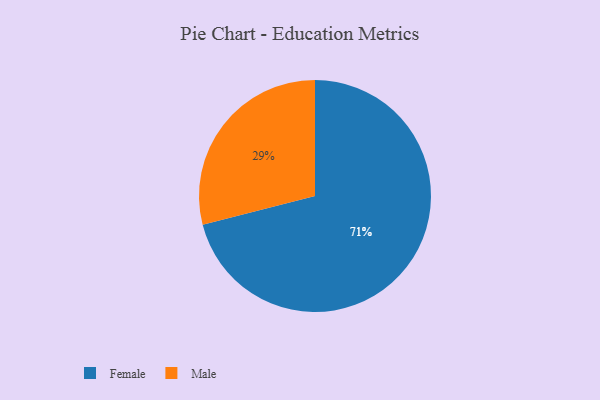
{"axis": {"x": "Category", "y": "Percentage"}, "legend": ["Female", "Male"], "data": [{"x": "Male", "y": 29, "type": "Male"}, {"x": "Female", "y": 71, "type": "Female"}]}